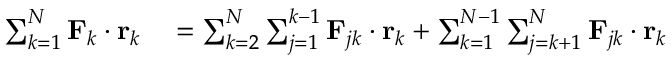
\begin{array} { r l } { \sum _ { k = 1 } ^ { N } \mathbf { F } _ { k } \cdot \mathbf { r } _ { k } } & { { } = \sum _ { k = 2 } ^ { N } \sum _ { j = 1 } ^ { k - 1 } \mathbf { F } _ { j k } \cdot \mathbf { r } _ { k } + \sum _ { k = 1 } ^ { N - 1 } \sum _ { j = k + 1 } ^ { N } \mathbf { F } _ { j k } \cdot \mathbf { r } _ { k } } \end{array}